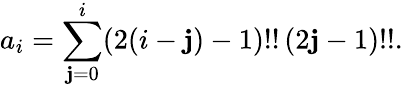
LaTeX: a_{i}=\sum_{\mathbf{j}=0}^{i}(2(i-\mathbf{j})-1)!!\, (2\mathbf{j}-1)!!.